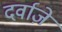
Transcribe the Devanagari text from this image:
दर्वाज़े